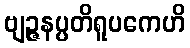
ဗျဉ္ဇနပ္ပတိရူပကေဟိ